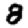
Digit: 8